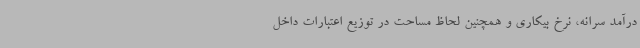
درآمد سرانه، نرخ بیکاری و همچنین لحاظ مساحت در توزیع اعتبارات داخل